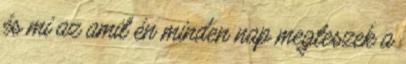
és mi az amit én minden nap megteszek a